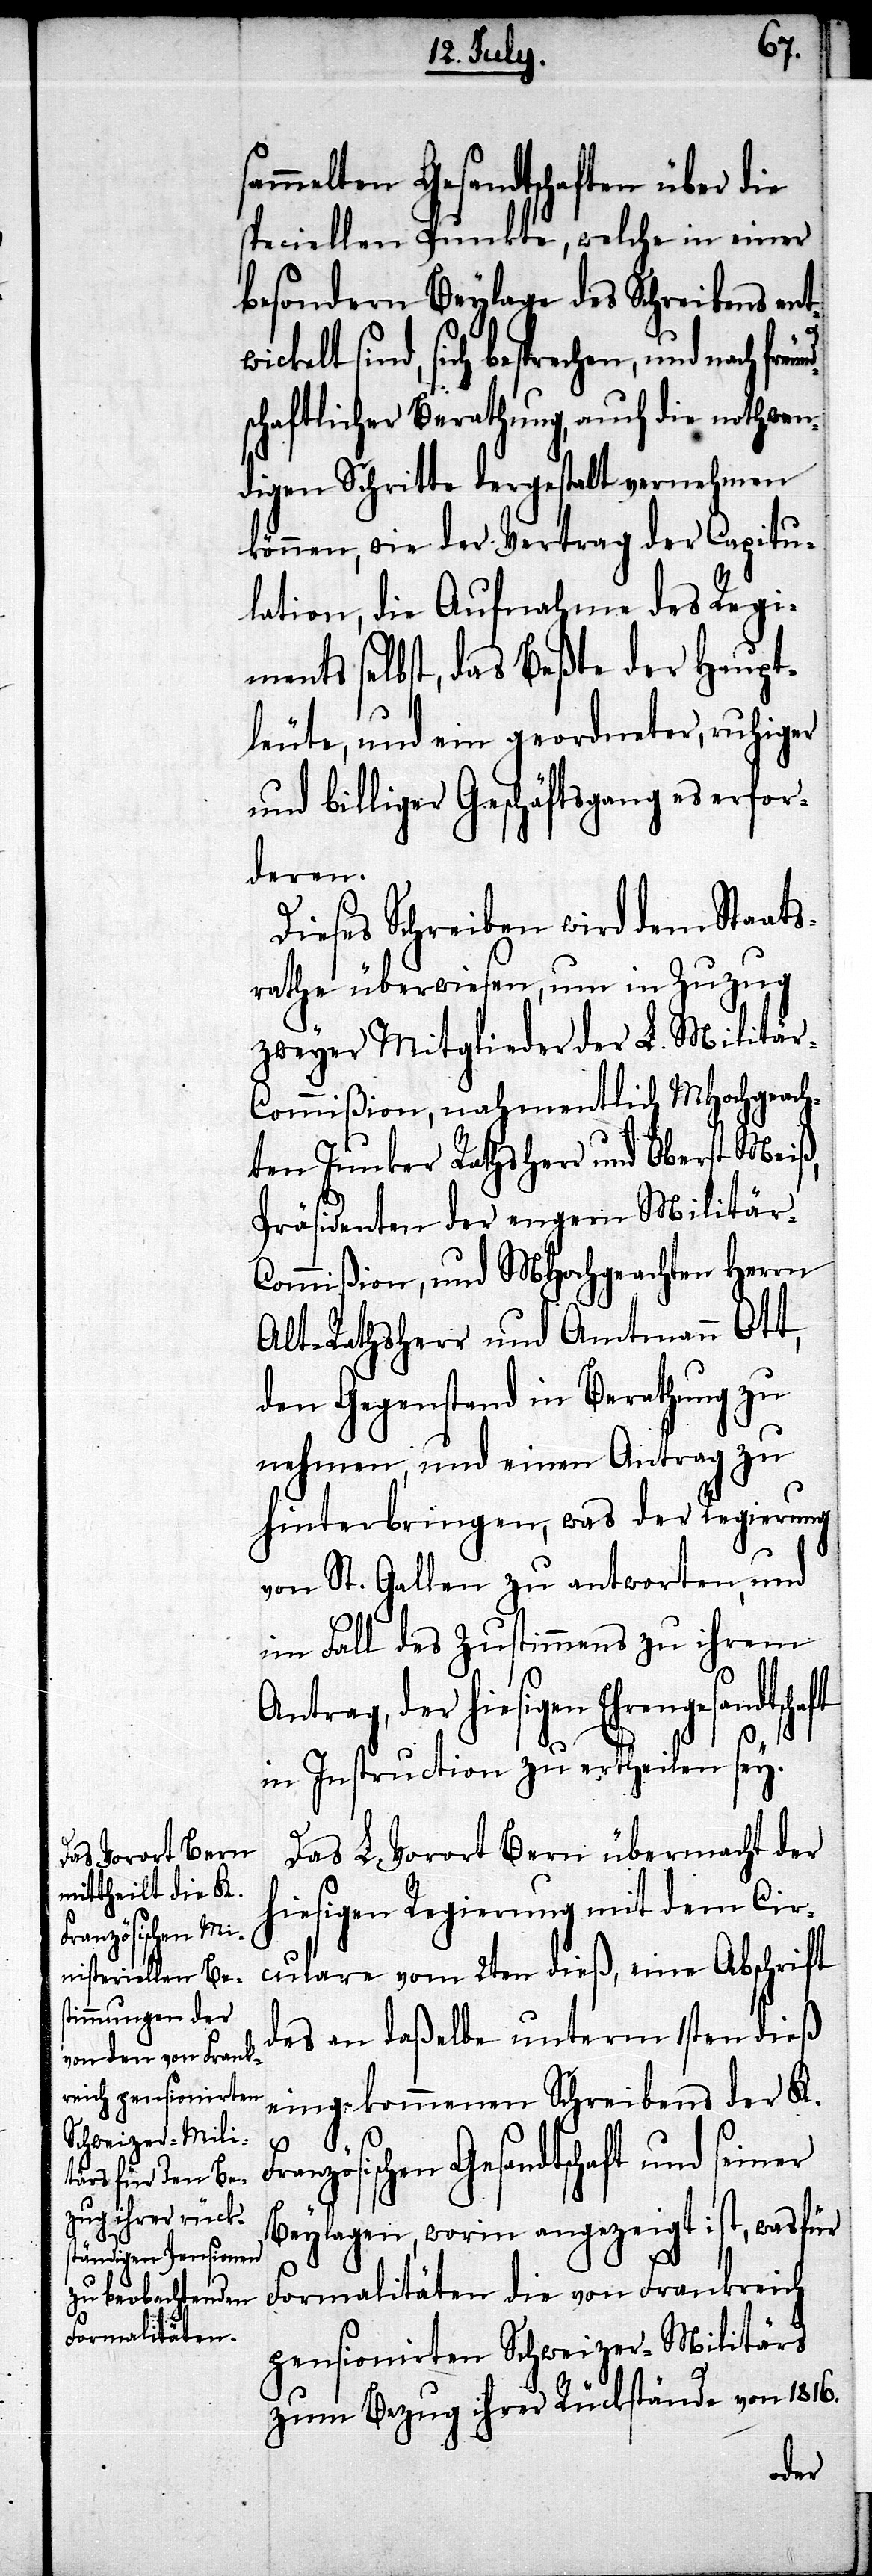
eund¬

sammelten Gesandtschaften über die
speciellen Punkte, welche in einer
besondern Beylage des Schreibens ent¬
sich besprechen, und nach fr¬
schaftlicher Berathung, auch die nothwen¬
digen Schritte dergestalt vernehmen
können, wie der Vertrag der Capitu¬
lation, die Aufnahme des Regi¬
ments selbst, das Beßte der Haupt¬
leute, und ein geordneter, ruhiger
und billiger Geschäftsgang es erfor¬
deren.
Dieses Schreiben wird dem Staats¬
rathe überwiesen, um in Zuzug
zweyer Mitglieder der L. Militä¬
r-Commißion, nahmentlich MHochgeach¬
ten Junker Rathsherr und Oberst Meiß,
Präsidenten der engern Militär-C¬
ommißion, und MHochgeachten Herrn
Alt-Rathsherr und Amtmann Ott,
den Gegenstand in Berathung zu
nehmen, und einen Antrag zu
hinterbringen, was der Regierung
von St. Gallen zu antworten, und
im Fall des Zustimmens zu ihrem
hiesigen Ehrengesandtschaft
in Instruction zu ertheilen sey.
Das L. Vorort Bern übermacht der
hiesigen Regierung mit dem Cir¬
culare vom 2ten dieß, eine Abschrift
des an daßelbe unterm 1sten dieß
eingekommenen Schreibens der K.
Französischen Gesandtschaft und seiner
Beylagen, worin angezeigt ist, wasfür
Formalitäten die von Frankreich
pensionirten Schweizer-Militärs
zum Bezug ihrer Rückstände von 1816.
der